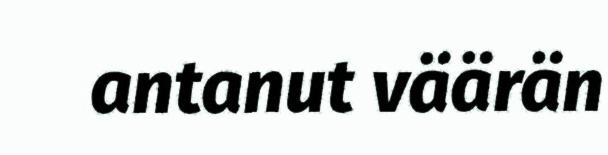
antanut väärän